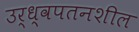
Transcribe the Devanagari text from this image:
उर्ध्वपतनशील